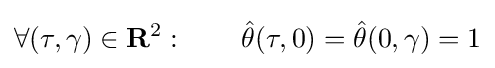
\forall (\tau ,\gamma )\in \mathbf {R} ^{2}:\qquad {\hat {\theta }}(\tau ,0)={\hat {\theta }}(0,\gamma )=1